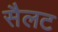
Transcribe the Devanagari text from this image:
सैलट